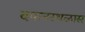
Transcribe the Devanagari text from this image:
दफनस्थळास